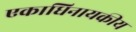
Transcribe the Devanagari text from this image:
एकाधिनायकीय